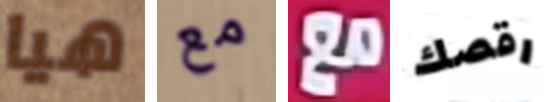
هيا مع مع رقصك